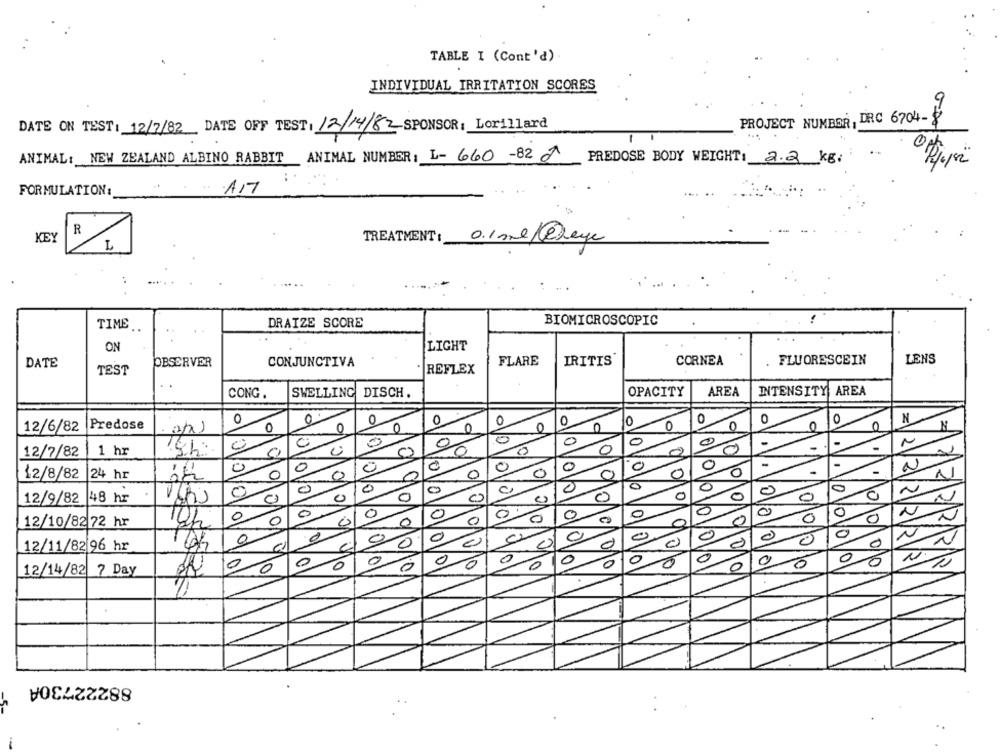
TABLE I (Cont'd)
INDIVIDUAL IRRITATION SCORES
DATE ON TEST: 12/7/82 DATE OFF TEST: 12/14/82 SPONSOR: Lorillard
PROJECT NUMBER, DRC 6704-
...
ANIMAL: NEW ZEALAND ALBINO RABBIT ANIMAL NUMBER: L- 660 -82 1 PREDOSE BODY WEIGHT: 2.2 kg
FORMULATION:
AMT
R
KEY
L
TREATMENT : O.1ml@eye
DRAIZE SCORE
BIOMICROSCOPIC
TIME
. .
LIGHT
ON
DATE
CONJUNCTIVA
FLARE
IRITIS'
CORNEA
FLUORESCEIN
LENS
OBSERVER
TEST
REFLEX
OPACITY
AREA
INTENSITY AREA
CONG
SWELLING
DISCH.
0
0
0
O
0
0
0
O
N
12/6/82
Predose
0
0
0
0
0
0
N
0
-
1 hr
C
0
0
- -
-
12/7/82
0
C
-
2
0
0
O
0
-
12/8/82
24 hr
0
0
0
0
0
0
12/9/82 48 hr
0
N
0
N
0
0
0
0
0
0
0
0
0
0
0
12/10/82 72 hr
10h
0
0
0
2
0
0
0
0
PARAR
12/11/82 96 hr
c
0
0
0
0
0
0
0
10
0
0
10
0
0
0
0
0
0
12/14/82 7 Day
00
88222730A
-